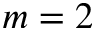
m = 2